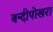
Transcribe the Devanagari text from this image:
बन्दीपोखरा